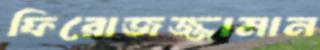
ফিরোজজ্জামান